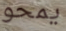
يمحو